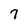
Character: 7